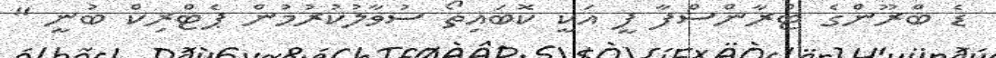
ޑެ ބްރޫންގެ ޓްރާންސްފާ ފީ އަކީ ކޮބައިތޯ ސުވާލުކުރުމުން ޕެޓްރިކް ބުނީ "